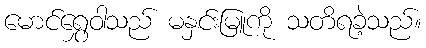
မောင်ရွှေဝါသည် မနှင်းမြူကို သတိရခဲ့သည်။